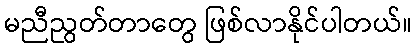
မညီညွတ်တာတွေ ဖြစ်လာနိုင်ပါတယ်။